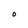
Character: o